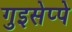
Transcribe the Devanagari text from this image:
गुइसेप्पे